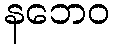
နဘေဝ